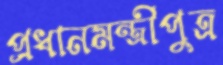
প্রধানমন্ত্রীপুত্র